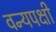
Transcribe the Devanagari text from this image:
वन्यपक्षी